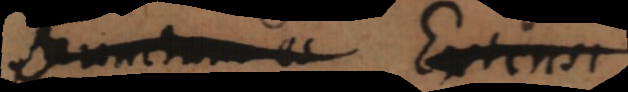
Punctum es Extens